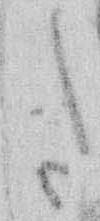
た